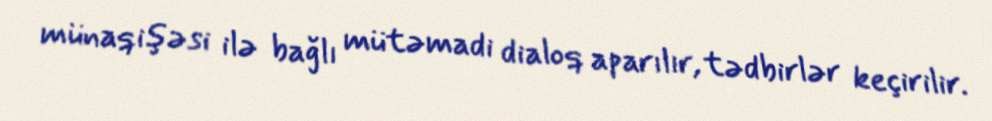
münaqişəsi ilə bağlı mütəmadi dialoq aparılır, tədbirlər keçirilir.